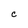
Character: C